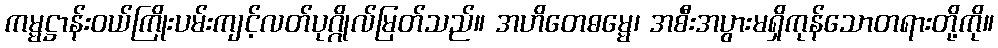
ကမ္မဋ္ဌာန်းဝယ်ကြိုးပမ်းကျင့်လတ်ပုဂ္ဂိုလ်မြတ်သည်။ အဟိတေဓမ္မေ၊ အစီးအပွားမရှိကုန်သောတရားတို့ကို။